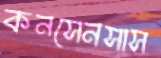
কনসেনসাস